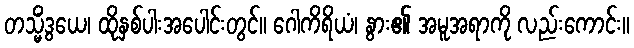
တသ္မိံဒွယေ၊ ထိုနှစ်ပါးအပေါင်းတွင်။ ဂေါကိရိယံ၊ နွား၏ အမူအရာကို လည်းကောင်း။